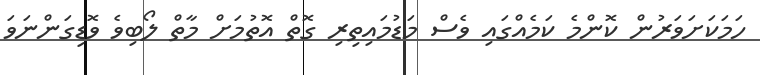
ހަމަކަށަވަރުން ކޮންމެ ކަމެއްގައި ވެސް މަޑުމައިތިރި ގޮތް އޮތުމަށް މާތް ލޯބިވެ ވޮޑިގަންނަވަ